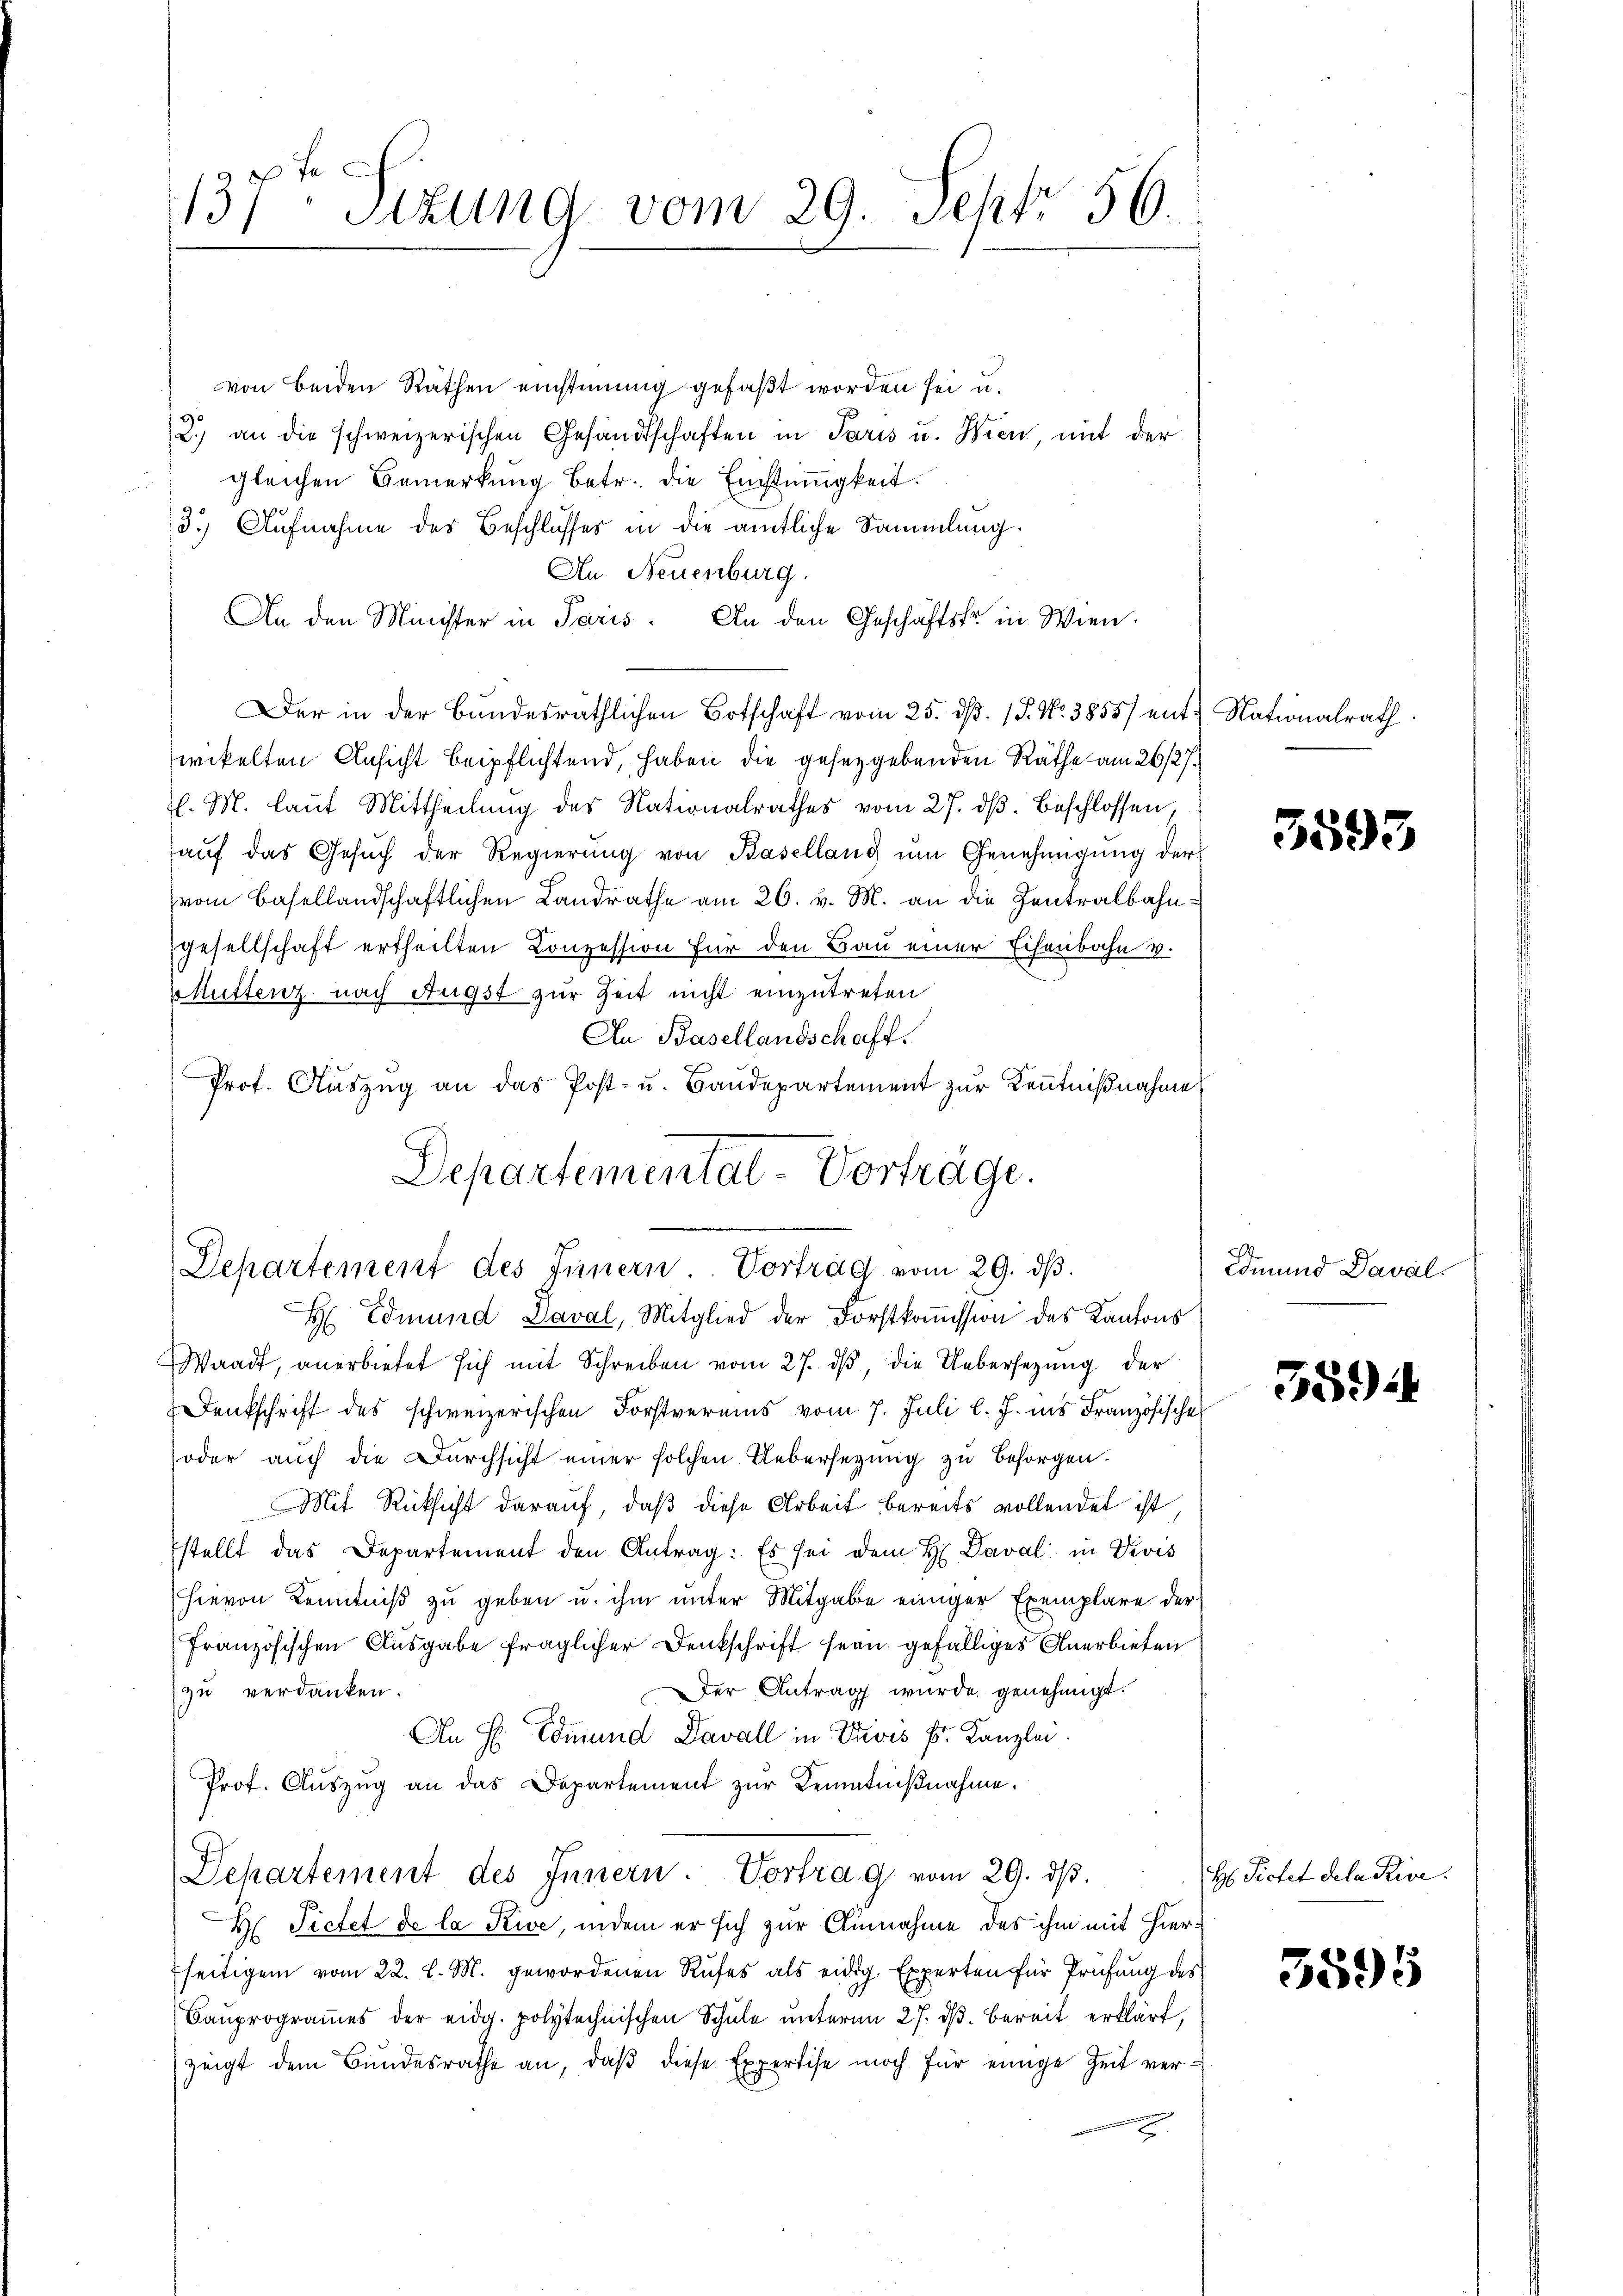
J
137. Sizung vom 29. Sept. 56.

von Beiden Räthen einstimmig gefaßt worden sei u.
2.) an die schweizerischen Gesandtschaften in Paris u. Wien mit der
gleichen Bemerkung betr. die Einstimigkeit.
3.) Aufnahme des Beschlusses in die amtliche Sammlung.
An Neuenburg.
An den Minister in Paris. An den Geschäftsfr. in Wien.
Der in der Bundesräthlichen Botschaft vom 25. dß. P. Nr. 3855/ ent¬ Nationalrath
wikelten Ansicht beipflichtend, haben die gesetzgebenden Räthe am 26/27.
l. M. laut Mittheilung des Nationalrathes vom 27. dβ beschlossen,
aŭf das Gesŭch der Regierŭng von Baselland ŭm Genehmigŭng der
vom Basellandschaftlichen Landrathe am 26. v. M. an die Zentralbahn:
gesellschaft ertheilten Conzession für den Bau einer Eisenbahn v.
Muttenz nach Augst zur Zeit nicht einzutreten
An Basellandschaft.
Prof. Auszug an das Post- u. Baudepartement zur Kenntnißnahme
Departemental-Vorträge.

Departement des Innern. Vortrag vom 29. dβ.
HEdmund Daval, Mitglied der Forstkoṁission des Kantons

Waadt, anerbietet sich mit Schreiben vom 27. dβ, die Uebersetzŭng der
Denkschrift des schweizerischen Forstvereins vom 7. Juli l. J. ins Französische
oder auch die Durchsicht einer solchen Uebersetzung zu besorgen.
Mit Rücksicht darauf, daß diese Arbeit bereits vollendet ist,
stellt das Departement den Antrag: Es sei dem H. Daval in Divis
hievon Kenntniß zu geben u. ihm unter Mitgabe einiger Exemplare der
französischen Ausgabe fraglicher Denkschrift fern gefälliges Anerbieten
Der Antrag wurde genehmigt.
zu verdanken.
An H. Edmund Davall in Divis Fr. Kanzlei.
Prof. Aŭszŭg an das Departement zur Kenntnißnahme.
Departement des Innern. Vortrag vom 29. dβ.
H Pietet de la Rive, indem er sich zur Einnahme des ihm mit Hierfseitigem vom 22. l. M. gewordenen Rufes als eidig Experten für Prüfung des
Baŭprogrammes der eidg. polytechnischen Schŭle ŭnterm 27. dβ bereit erklärt,
zeigt dem Bundesrathe an, daβ diese Expertise noch für einige Zeit ver¬
2

3593

Edmund Daval

359

H Pictet dela Rive.

5595